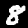
Digit: 8